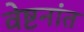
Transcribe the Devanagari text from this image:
वेष्टनांत